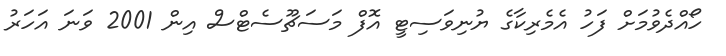
ހޯއްދެވުމަށް ފަހު އެމެރިކާގެ ޔުނިވަސިޓީ އޮފް މަސަޗޫސެޓްސް އިން 2001 ވަނަ އަހަރު